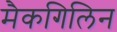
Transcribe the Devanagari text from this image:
मैकगिलिन